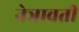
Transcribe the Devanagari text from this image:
नेञावती